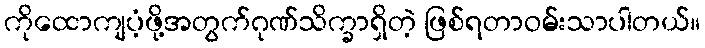
ကိုထောကျပံ့ဖို့အတွက်ဂုဏ်သိက္ခာရှိတဲ့ ဖြစ်ရတာဝမ်းသာပါတယ်။